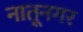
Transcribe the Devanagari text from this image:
नातूनगर